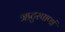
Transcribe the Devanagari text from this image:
ऋटुरषाणां